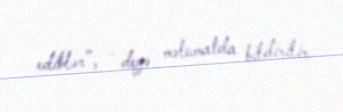
ediblər", - deyə məlumatda bildirilir.